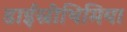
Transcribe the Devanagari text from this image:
डाईस्रीथिमिया